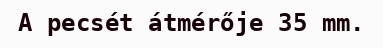
A pecsét átmérője 35 mm.